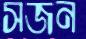
সজন